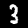
Digit: 3